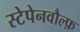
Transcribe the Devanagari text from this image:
स्टेपेनवौल्फ़